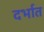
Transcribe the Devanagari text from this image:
दर्भात